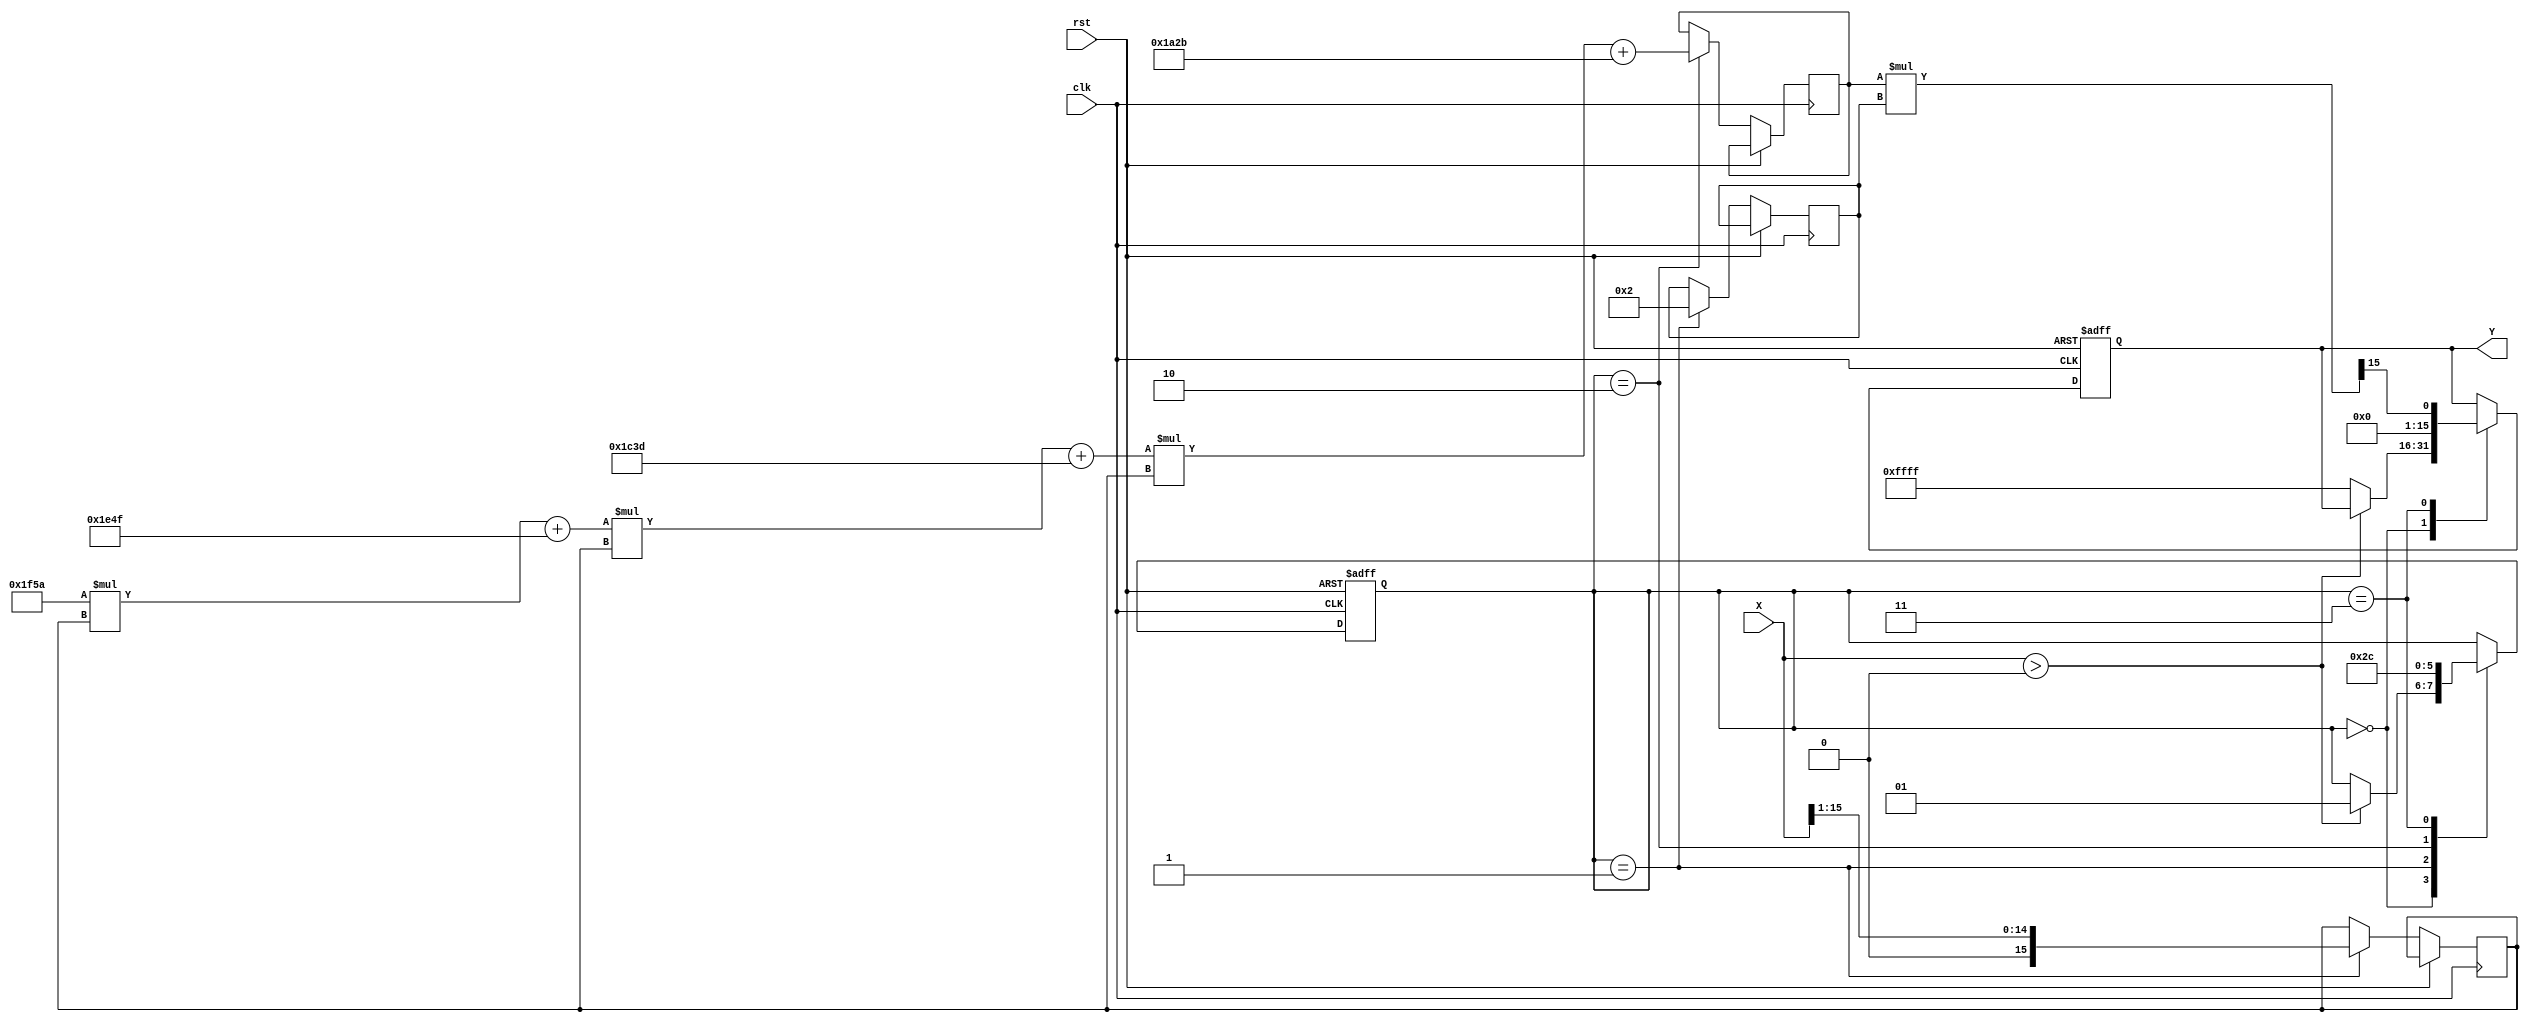
module poly_approx_reciprocal (
    input wire [15:0] X,      // Input value (fixed-point representation)
    output reg [15:0] Y,      // Output value (reciprocal of X)
    input wire clk,           // Clock signal
    input wire rst            // Reset signal
);

    // Polynomial coefficients for approximation (example coefficients)
    parameter C0 = 16'h1A2B; // Coefficient for x^0
    parameter C1 = 16'h1C3D; // Coefficient for x^1
    parameter C2 = 16'h1E4F; // Coefficient for x^2
    parameter C3 = 16'h1F5A; // Coefficient for x^3

    // Normalization factor
    reg [15:0] normalized_X;
    reg [15:0] scale_factor;
    reg [15:0] polynomial_result;
    
    // State machine for control logic
    reg [1:0] state;
    localparam IDLE = 2'b00, NORMALIZE = 2'b01, EVALUATE = 2'b10, SCALE = 2'b11;

    always @(posedge clk or posedge rst) begin
        if (rst) begin
            Y <= 16'h0000;
            state <= IDLE;
        end else begin
            case (state)
                IDLE: begin
                    if (X > 16'h0000) begin
                        state <= NORMALIZE;
                    end else begin
                        Y <= 16'hFFFF; // Handle zero input case
                    end
                end
                
                NORMALIZE: begin
                    // Normalize X to the range [0.5, 1.0]
                    normalized_X <= X >> 1; // Example normalization (X / 2)
                    scale_factor <= 16'h0002; // Adjust scale factor accordingly
                    state <= EVALUATE;
                end
                
                EVALUATE: begin
                    // Evaluate polynomial using Horner's method
                    polynomial_result <= (((C3 * normalized_X + C2) * normalized_X + C1) * normalized_X + C0);
                    state <= SCALE;
                end
                
                SCALE: begin
                    // Scale the polynomial result
                    Y <= (polynomial_result * scale_factor) >> 15; // Adjust scaling
                    state <= IDLE; // Go back to IDLE
                end
                
                default: state <= IDLE;
            endcase
        end
    end

endmodule